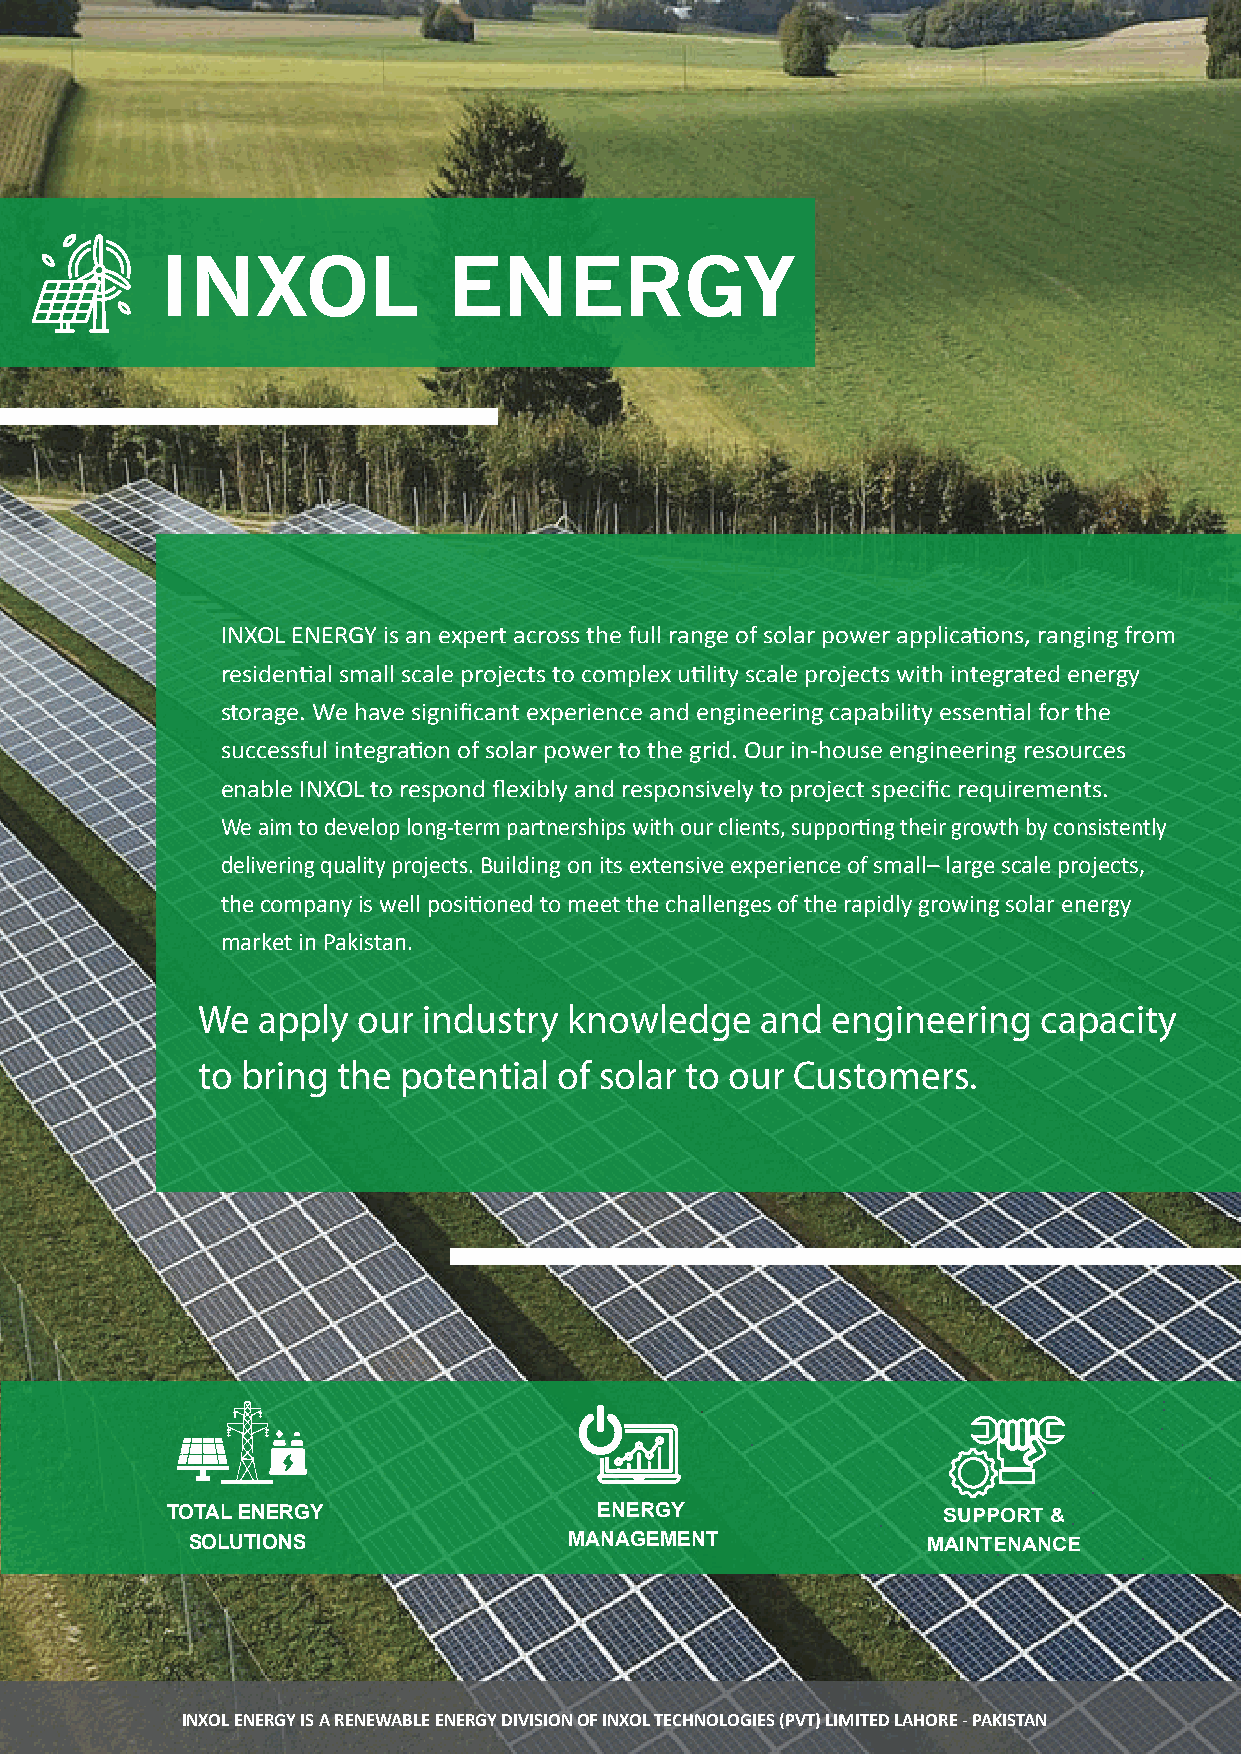
INXOL              ENERGY
 INXOL ENERGY is an expert across the full range of solar power applications, ranging from
 residential small scale projects to complex utility scale projects with integrated energy
 storage. We have significant experience and engineering capability essential for the
 successful integration of solar power to the grid. Our in-house engineering resources
 enable INXOL to respond flexibly and responsively to project specific requirements.
 We aim to develop long-term partnerships with our clients, supporting their growth by consistently
 delivering quality projects. Building on its extensive experience of small– large scale projects,
 the company is well positioned to meet the challenges of the rapidly growing solar energy
 market in Pakistan.
 We  apply  our industry  knowledge   and  engineering   capacity
 to bring the  potential of solar to our Customers.
 TOTAL ENERGY                 ENERGY                SUPPORT &
 SOLUTIONS                 MANAGEMENT             MAINTENANCE
 INXOL ENERGY IS A RENEWABLE ENERGY DIVISION OF INXOL TECHNOLOGIES (PVT) LIMITED LAHORE - PAKISTAN